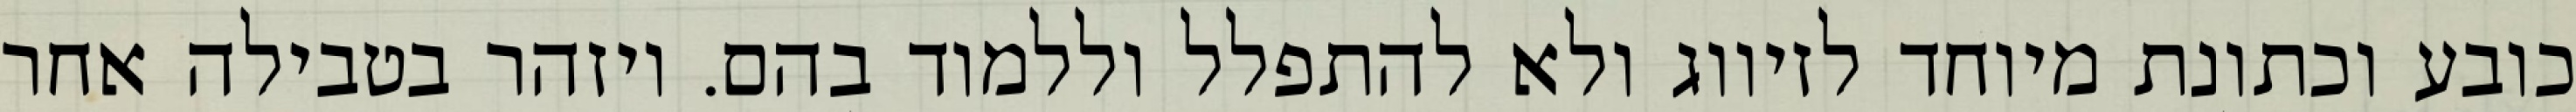
כובע וכתונת מיוחד לזיווג ולא להתפלל וללמוד בהם. ויזהר בטבילה אחר